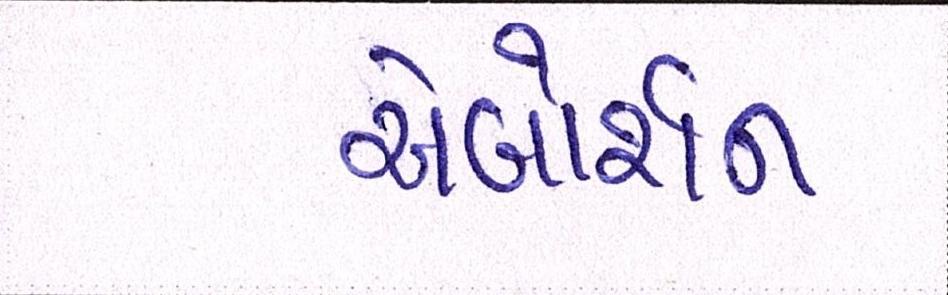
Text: એબોર્શન